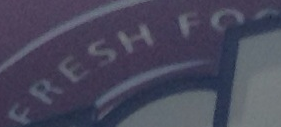
FRESH FO